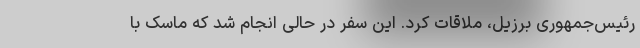
رئیس‌جمهوری برزیل، ملاقات کرد. این سفر در حالی انجام شد که ماسک با